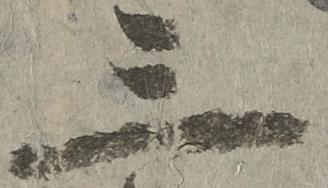
三